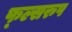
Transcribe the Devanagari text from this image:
फ्ल्सरुप